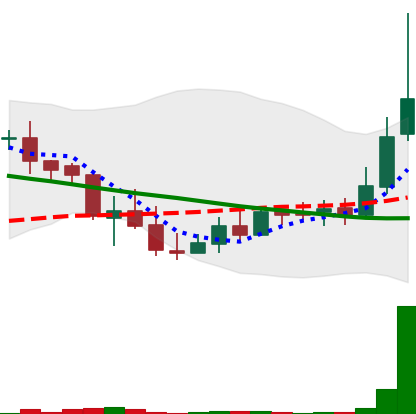
Ticker: LINK-USD
Chart end date: 2018-09-20
Forward return: -8.903%
Label: down_7plus